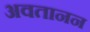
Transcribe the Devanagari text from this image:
अवतानन